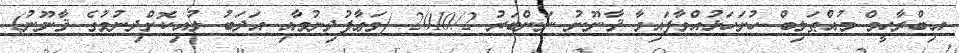
އިބްރާހީމް މުއްޠަލިބް ހުށަހަޅުއްވާފައިވާ ޤާނޫނު ނަންބަރު 2010/2 (މަޢާފުދިނުމާއި އަދަބު ލުއިކޮށްދިނުމުގެ ޤާނޫނު)